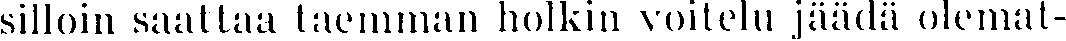
silloin saattaa taemman holkin voitelu jäädä olemat-